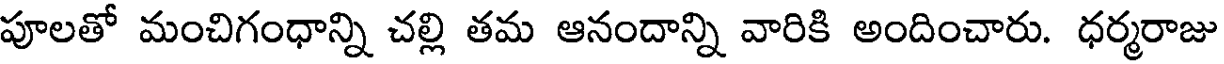
పూలతో మంచిగంధాన్ని చల్లి తమ ఆనందాన్ని వారికి అందించారు. ధర్మరాజు